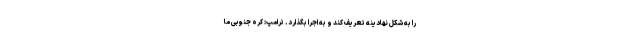
را به شکل نهادینه تعریف کند و به اجرا بگذارد. ترامپ: کره جنوبی ما